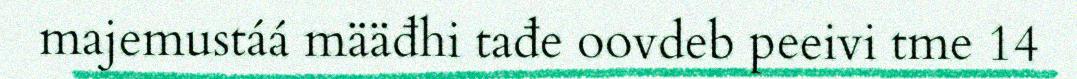
majemustáá määđhi tađe oovdeb peeivi tme 14